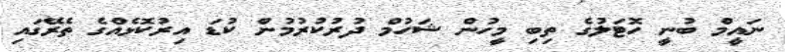
ނައީމް ބުނީ ހޮޓަލުގެ ތިބި މީހުން ޝަހުމް ދުރުކުރުމުން ކުޑަ އިރުކޮޅެއްގެ ތެރޭގައި